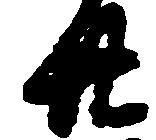
廿